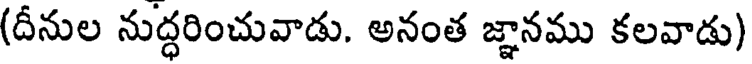
(దీనుల నుద్ధరించువాడు. అనంత జ్ఞానము కలవాడు)